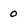
Character: 0